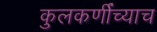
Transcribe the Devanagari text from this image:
कुलकर्णींच्याच